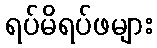
ရပ်မိရပ်ဖများ